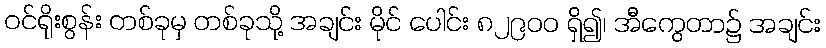
ဝင်ရိုးစွန်း တစ်ခုမှ တစ်ခုသို့ အချင်း မိုင် ပေါင်း ၈၂၉၀၀ ရှိ၍၊ အီကွေတာ၌ အချင်း